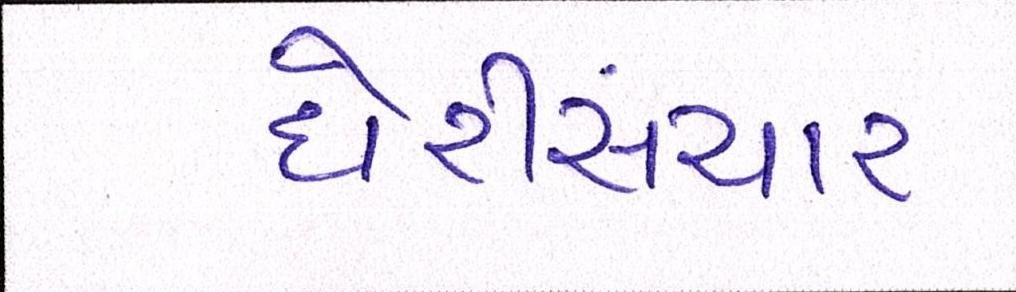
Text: દોરીસંચાર